Scottish Leaving Certificate Examination, 1954
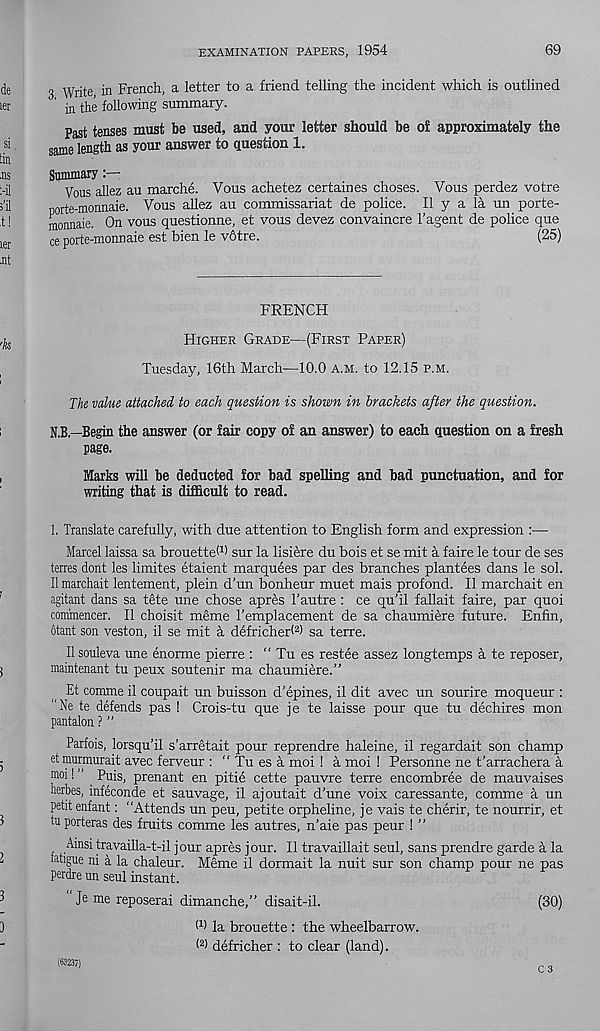
EXAMINATION PAPERS, 1954
69
3 Write in French, a letter to a friend telling the incident which is outlined
’ in the following summary.
Past tenses must be used, and your letter should be of approximately the
same length as your answer to question 1.
Summary
Vous allez au marche. Vous achetez certaines choses. Vous perdez votre
porte-monnaie. Vous allez au commissariat de police. II y a la un porte-
monnaie. On vous questionne, et vous devez convaincre 1’agent de police que
ce porte-monnaie est bien le vdtre.
(25)
FRENCH
Higher Grade—(First Paper)
Tuesday, 16th March—10.0 a.m. to 12.15 p.m.
The value attached to each question is shown in brackets after the question.
N.B.—Begin the answer (or fair copy of an answer) to each question on a fresh
page.
Marks will be deducted for bad spelling and bad punctuation, and for
writing that is difficult to read.
1. Translate carefully, with due attention to English form and expression :—
Marcel laissa sa brouetteW sur la lisiere du bois et se mit a faire le tour de ses
terres dont les limites etaient marquees par des branches plantees dans le sol.
II marchait lentement, plein d’un bonheur muet mais profond. II marchait en
agitant dans sa tete une chose apres 1’autre : ce qu’il fallait faire, par quoi
commencer. II choisit meme I'emplacement de sa chaumidre future. Enfin,
otant son veston, il se mit a defricheri 2 ) sa terre.
II souleva une enorme pierre : “ Tu es restee assez longtemps a te reposer,
maintenant tu peux soutenir ma chaumiere.”
Et comme il coupait un buisson d’epines, il dit avec un sourire moqueur :
Ne te defends pas ! Crois-tu que je te laisse pour que tu dechires mon
pantalon ? ”
Parfois, lorsqu'il s’arretait pour reprendre haleine, il regardait son champ
et murmurait avec ferveur : “ Tu es a moi ! a moi ! Personne ne t’arrachera a
moi! ” Puis, prenant en pitie cette pauvre terre encombree de mauvaises
herbes, infeconde et sauvage, il ajoutait d'une voix caressante, comme a un
petit enfant: ‘‘Attends un peu, petite orpheline, je vais te cherir, te nourrir, et
tu porteras des fruits comme les autres, n’aie pas peur ! ”
Ainsi travailla-t-il jour apres jour. Il travaillait seul, sans prendre garde a la
tatigue ni a la chaleur. Meme il dormait la nuit sur son champ pour ne pas
perdre un seul instant.
Je me reposerai dimanche,” disait-il.
(30)
(1) la brouette : the wheelbarrow.
(2) defricher : to clear (land).
c 3
(63237)